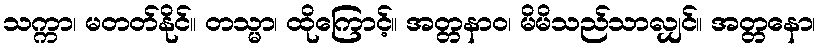
သက္ကာ၊ မတတ်နိုင်။ တသ္မာ၊ ထိုကြောင့်။ အတ္တနာဝ၊ မိမိသည်သာလျှင်။ အတ္တနော၊